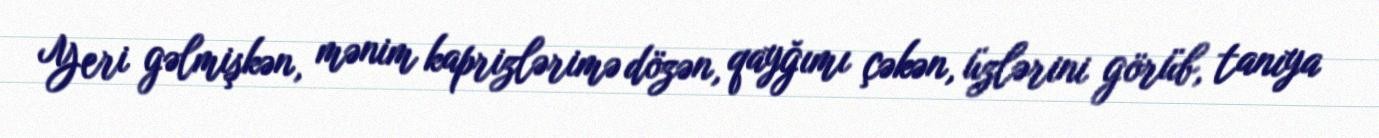
Yeri gəlmişkən, mənim kaprizlərimə dözən, qayğımı çəkən, üzlərini görüb, tanıya